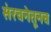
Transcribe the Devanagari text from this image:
संरचनेतूनच